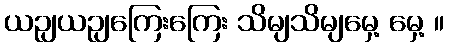
ယဉျယဉျကြေးကြေး သိမျသိမျမှေ့ မှေ့ ။